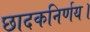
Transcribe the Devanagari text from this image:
छादकनिर्णय।